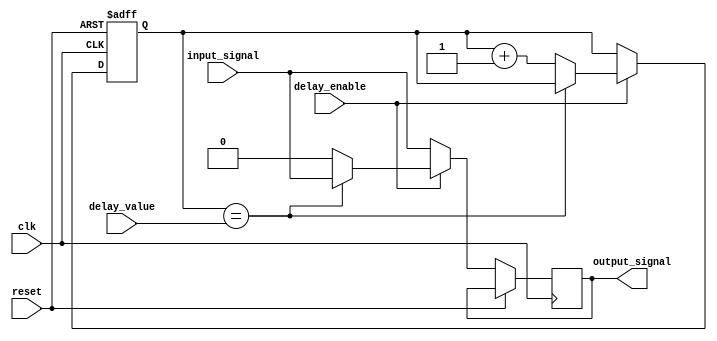
module timing_control_and_sync (
    input wire clk,
    input wire reset,
    input wire delay_enable,
    input wire [3:0] delay_value,
    input wire input_signal,
    output wire output_signal
);

reg [3:0] delay_counter;

always @(posedge clk or posedge reset) begin
    if (reset) begin
        delay_counter <= 4'b0000;
    end else begin
        if (delay_enable) begin
            if (delay_counter == delay_value) begin
                output_signal <= input_signal;
            end else begin
                output_signal <= 1'b0;
                delay_counter <= delay_counter + 1;
            end
        end else begin
            output_signal <= input_signal;
        end
    end
end

endmodule